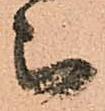
被